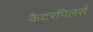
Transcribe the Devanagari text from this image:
कैटरपिलर्स